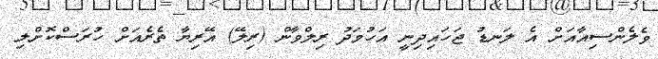
ވެލެންސިއާއަށް އެ ލަނޑު ޖަހައިދިނީ އަހުމަދު ރިލްވާން (ރިލޭ) އޭރިޔާ ތެރެއަށް ހުރަސްކޮށްލި